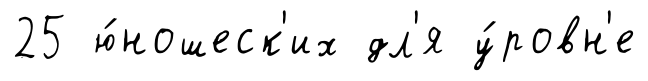
25 ю́ношеск'их дл'я у́ровн'е